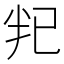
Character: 𫧟